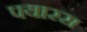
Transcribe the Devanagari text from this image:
पयारस